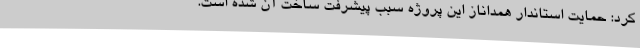
کرد: حمایت استاندار همداناز این پروژه سبب پیشرفت ساخت آن شده است.